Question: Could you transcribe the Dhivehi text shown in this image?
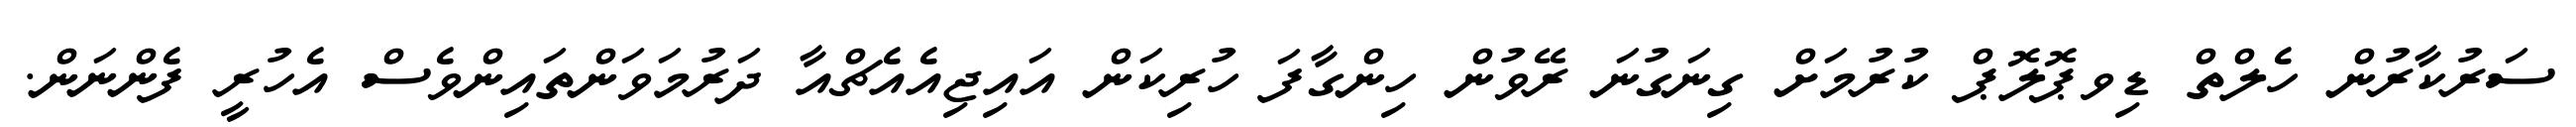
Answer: ސަރުކާރުން ހެލްތް ޑިވޕޮލޮޕް ކުރުމަށް ގިނަގުނަ ރޭވުން ހިންގާފަ ހުރިކަން އައިޖިއެއެޗްއާ ދަރުމަވަންތައިންވެސް އެހުރީ ފެންނަން.